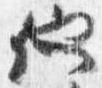
他